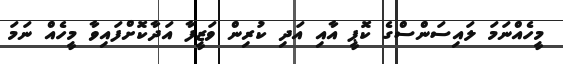
މީހެއްނަމަ ލައިސަންސްގެ ކޮޕީ އާއި އަދި ކުރިން ވަޒީފާ އަދާކޮށްފައިވާ މީހެއް ނަމަ